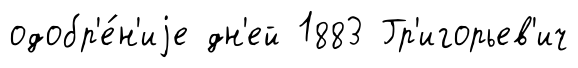
одобр'е́н'иjе дн'ей 1883 Гр'игорьев'ич